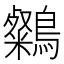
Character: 𪆶